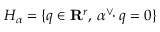
H _ { \alpha } = \{ q \in \mathbf { R } ^ { r } , \, \alpha ^ { \vee } \! \! \cdot q = 0 \}